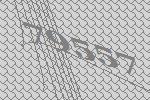
79557